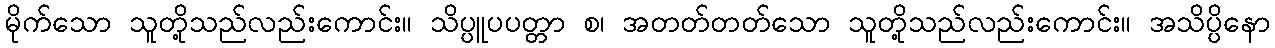
မိုက်သော သူတို့သည်လည်းကောင်း။ သိပ္ပူပပတ္တာ စ၊ အတတ်တတ်သော သူတို့သည်လည်းကောင်း။ အသိပ္ပိနော